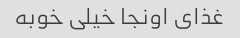
غذای اونجا خیلی خوبه